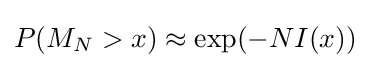
P(M_{N}>x)\approx \exp(-NI(x))